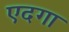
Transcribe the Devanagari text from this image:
एदगा